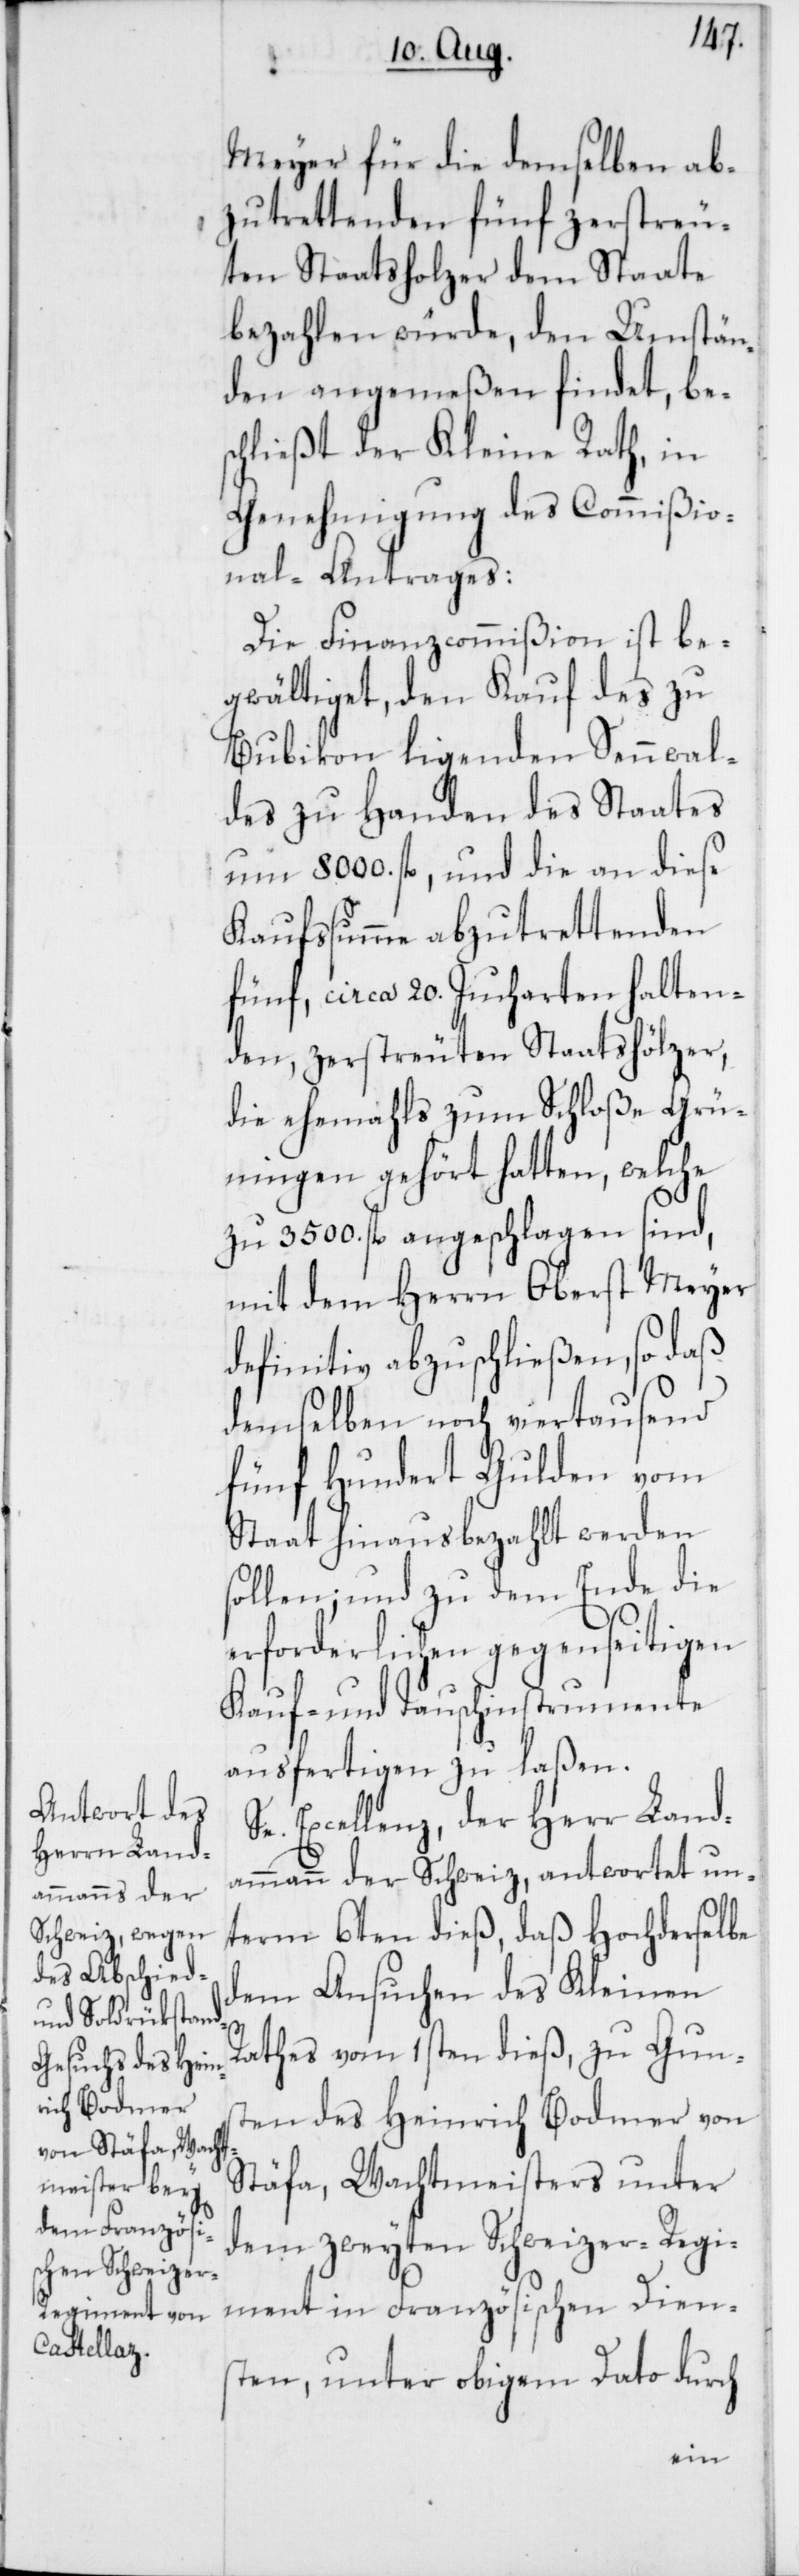
Meyer für die demselben ab¬
zutrettenden fünf zerstreu¬
bezahlen würde, den Umstän¬
den angemeßen findet, be¬
schließt der Kleine Rath, in
Genehmigung des Commißio¬
nal-Antrages:
Die Finanzcommißion ist be¬
gwältiget, den Kauf des zu
Bubikon ligenden Sennwal¬
des zu Handen des Staates
um 8000. fl., und die an diese
Kaufsumme abzutrettenden
fünf, circa 20. Jucharten halten¬
den, zerstreuten Staatshölzer,
die ehemahls zum Schloße Grü¬
ningen gehört hatten, welche
zu 3500. fl. angeschlagen sind,
mit dem Herrn Oberst Meyer
definitiv abzuschließen, so daß
demselben noch viertausend
fünf Hundert Gulden vom
Staat hinausbezahlt werden
sollen; und zu dem Ende die
erforderlichen gegenseitigen
Kauf- und Tauschinstrumente
ausfertigen zu laßen.
Excellenz der Herr Land¬
ammann der Schweiz, antwortet un¬
term 6ten dieß, daß Hochderselbe
dem Ansuchen des Kleinen
Rathes vom 1sten dieß, zu Guns¬
ten des Heinrich Bodmer von
Stäfa, Wachtmeisters unter
dem zweyten Schweizer-Regi¬
ment in Französischen Dien¬
sten, unter obigem Dato durch
ten